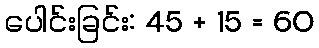
ပေါင်းခြင်း: 45 + 15 = 60